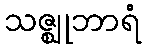
သဇ္ဈုဘာရံ